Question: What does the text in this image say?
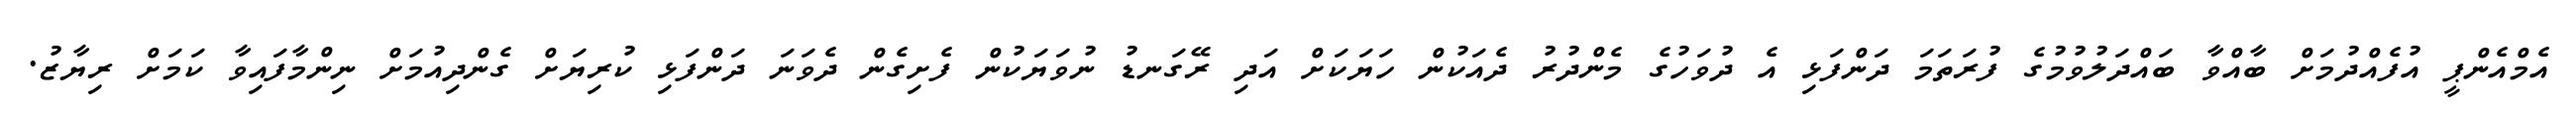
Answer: އެމްއެންޕީ އުފެއްދުމަށް ބާއްވާ ބައްދަލުވުމުގެ ފުރަތަމަ ދަންފަޅި އެ ދުވަހުގެ މެންދުރު ދެއަކުން ހަޔަކަށް އަދި ރޭގަނޑު ނުވަޔަކުން ފެށިގެން ދެވަނަ ދަންފަޅި ކުރިޔަށް ގެންދިއުމަށް ނިންމާފައިވާ ކަމަށް ރިޔާޒު.